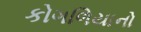
કોગળિયાનો